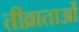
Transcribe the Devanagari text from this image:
तीव्राताओं